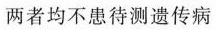
两者均不患待测遗传病